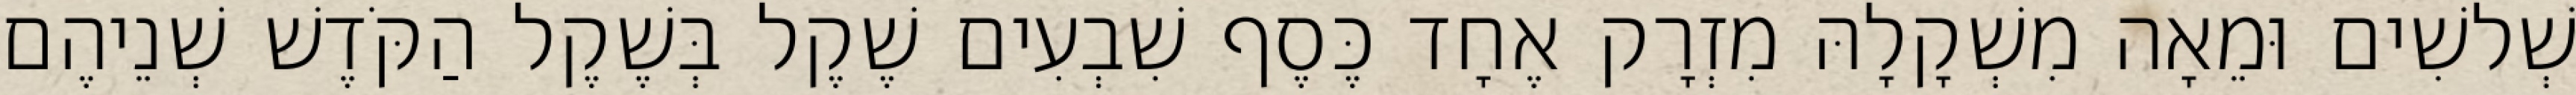
שְׁלשִׁים וּמֵאָה מִשְׁקָלָהּ מִזְרָק אֶחָד כֶּסֶף שִׁבְעִים שֶׁקֶל בְּשֶׁקֶל הַקֹּדֶשׁ שְׁנֵיהֶם